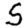
Digit: 5